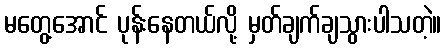
မတွေ့အောင် ပုန်းနေတယ်လို့ မှတ်ချက်ချသွားပါသတဲ့။